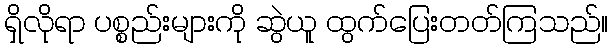
ရှိလိုရာ ပစ္စည်းများကို ဆွဲယူ ထွက်ပြေးတတ်ကြသည်။